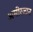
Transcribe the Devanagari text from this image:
अमीरजान